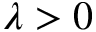
\lambda > 0